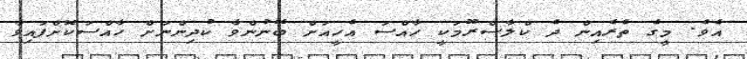
އެވެ. މީގެ ތެރެއިން ދެ ކްލާސްރޫމަކީ ހާއްސަ އެހީއަށް ބޭނުންވާ ކުދިންނަށް ހާއްސަކޮށްފައިވާ